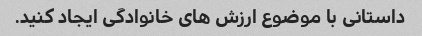
داستانی با موضوع ارزش های خانوادگی ایجاد کنید.